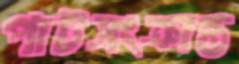
পাটসংক্রান্ত